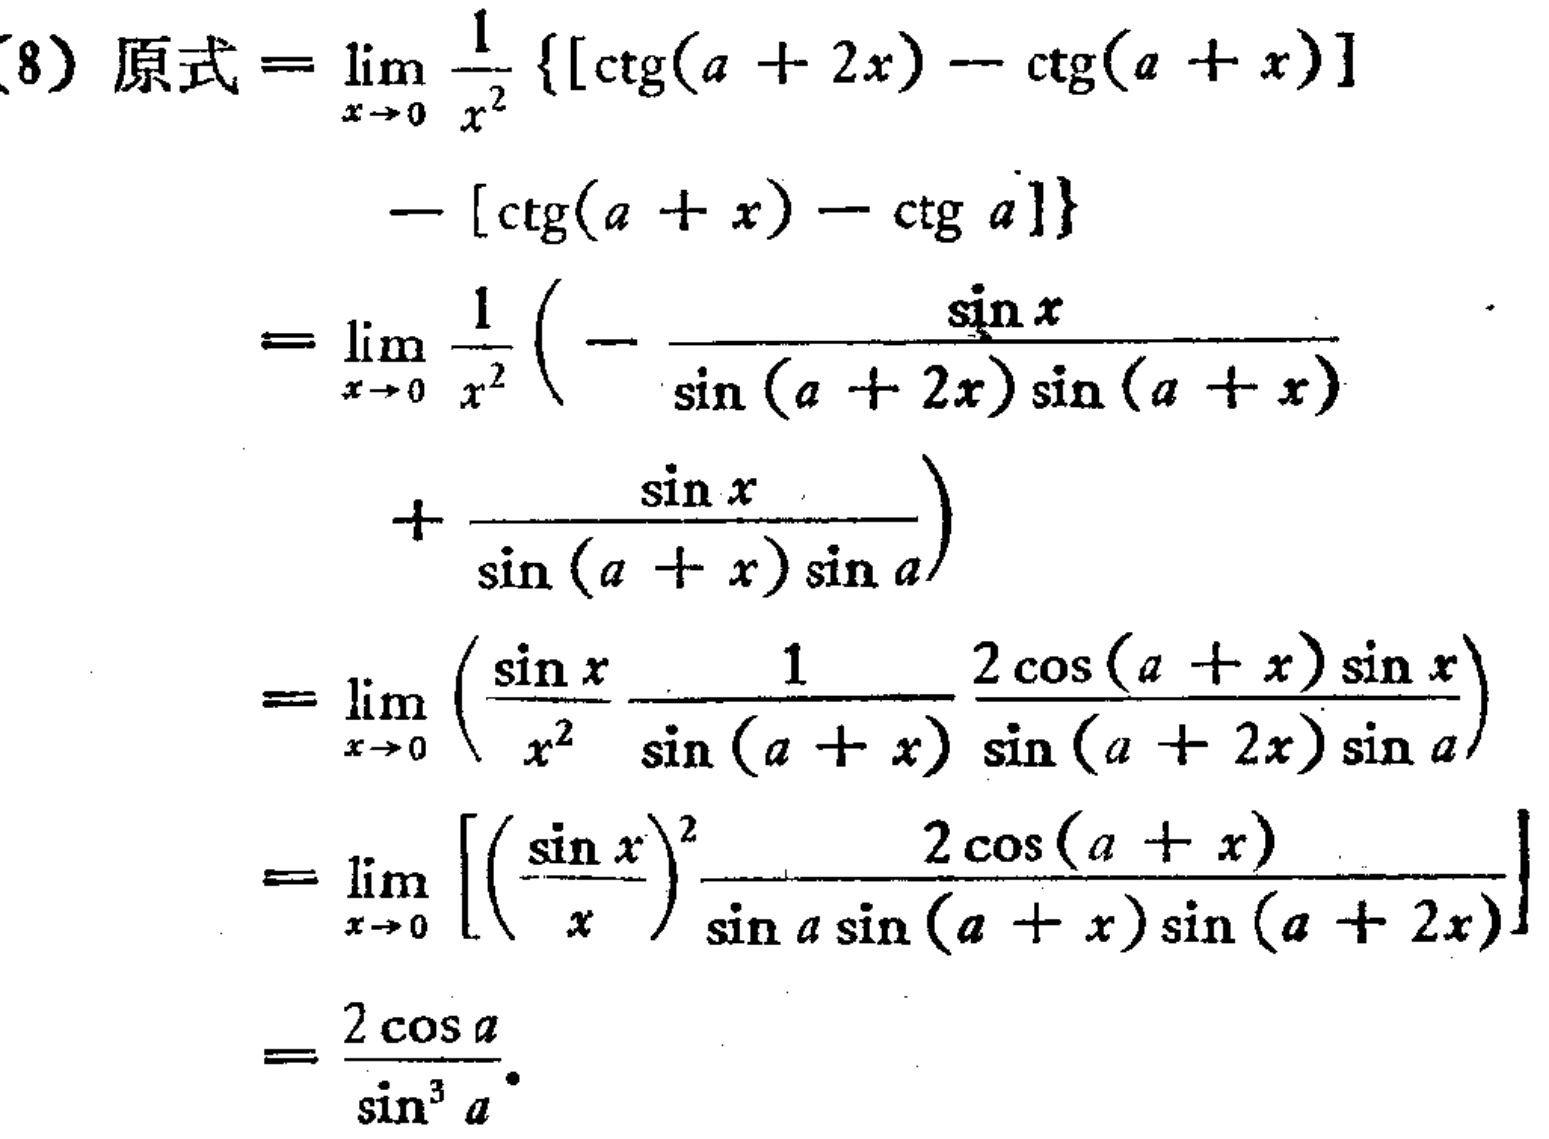
\[
\begin{align*}
&(8)\ 原式=\lim_{x \to 0} \frac{1}{x^{2}} \{[\cot(a + 2x)-\cot(a + x)]-[\cot(a + x)-\cot a]\}\\
&=\lim_{x \to 0} \frac{1}{x^{2}} \left(-\frac{\sin x}{\sin(a + 2x)\sin(a + x)}+\frac{\sin x}{\sin(a + x)\sin a}\right)\\
&=\lim_{x \to 0} \left(\frac{\sin x}{x^{2}}\frac{1}{\sin(a + x)}\frac{2\cos(a + x)\sin x}{\sin(a + 2x)\sin a}\right)\\
&=\lim_{x \to 0} \left[\left(\frac{\sin x}{x}\right)^{2}\frac{2\cos(a + x)}{\sin a\sin(a + x)\sin(a + 2x)}\right]\\
&=\frac{2\cos a}{\sin^{3}a}
\end{align*}
\]